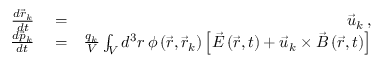
\begin{array} { r l r } { \frac { d \vec { r } _ { k } } { d t } } & { { } = } & { \vec { u } _ { k } \, , } \\ { \frac { d \vec { p } _ { k } } { d t } } & { { } = } & { \frac { q _ { k } } { V } \int _ { V } d ^ { 3 } r \, \phi \left( \vec { r } , \vec { r } _ { k } \right) \left[ \vec { E } \left( \vec { r } , t \right) + \vec { u } _ { k } \times \vec { B } \left( \vec { r } , t \right) \right] } \end{array}